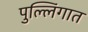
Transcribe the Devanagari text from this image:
पुल्लिंगात